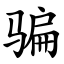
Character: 骗